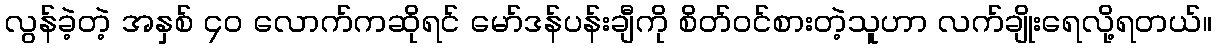
လွန်ခဲ့တဲ့ အနှစ် ၄၀ လောက်ကဆိုရင် မော်ဒန်ပန်းချီကို စိတ်၀င်စားတဲ့သူဟာ လက်ချိုးရေလို့ရတယ်။